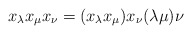
\begin{align*}x_{\lambda} x_{\mu}x_{\nu} = (x_{\lambda} x_{\mu})x_{\nu} (\lambda\mu)\nu\end{align*}